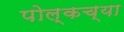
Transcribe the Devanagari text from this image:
पोल्कच्या